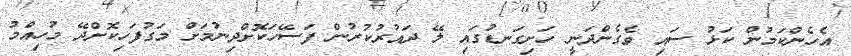
އެހެންކަމުން ކަޅު ސައި ވެގެންދަނީ ހަށިގަނޑުގައި ލޭ ދައުރުކުރުން ފަސޭހަކޮށްދިނުމަށް މަގުފަހިކޮށްދޭ މުހިއްމު